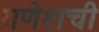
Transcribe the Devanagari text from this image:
गणेशची